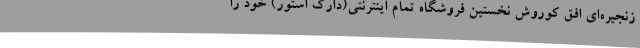
زنجیره‌ای افق کوروش نخستین فروشگاه تمام اینترنتی(دارک استور) خود را